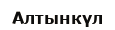
Алтынкүл